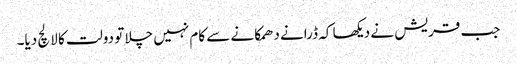
جب قریش نے دیکھا کہ ڈرانے دھمکانے سے کام نہیں چلا تو دولت کا لالچ دیا۔